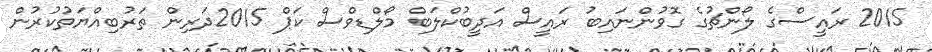
2015 ރައީސްގެ ލޯންޗުގެ ގޮވުންނައިބު ރައީސް އަދީބުކްލަބް މޯލްޑިވްސް ކަޕް 2015ދަރިން ތަރުބިއްޔަތުކުރުން